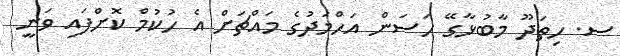
ސ. ހިތަދޫ މާބުޅާގޭ ހަސަން އަހްމަދުގެ މައްޗަށް އެ ހުކުމް ކޮށްފައި ވަނީ